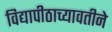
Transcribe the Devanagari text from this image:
विद्यापीठाच्यावतीने